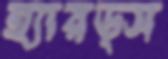
হ্যারড্স